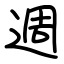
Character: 週